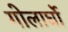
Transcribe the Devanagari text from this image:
गोलार्घो